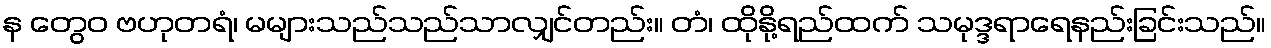
န တွေဝ ဗဟုတရံ၊ မများသည်သည်သာလျှင်တည်း။ တံ၊ ထိုနို့ရည်ထက် သမုဒ္ဒရာရေနည်းခြင်းသည်။